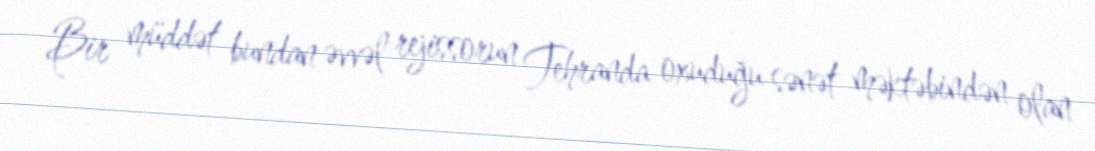
Bir müddət bundan əvvəl rejissorun Tehranda oxuduğu sənət məktəbindən olan